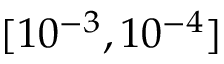
[ 1 0 ^ { - 3 } , 1 0 ^ { - 4 } ]